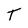
Character: T